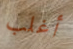
أغلب